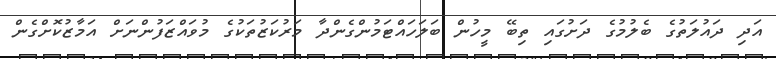
އަދި ދައުލަތުގެ ބެލުމުގެ ދަށުގައި ތިބޭ މީހުން ބަލަހައްޓަމުންގެންދާ މަރުކަޒުތަކުގެ މުވައްޒަފުންނަށް އަމާޒުކޮށްގެން